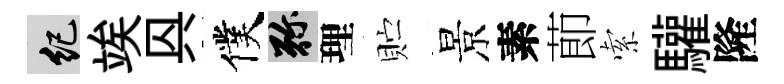
紀竢㒷僕弥理贮景素莭索驩隆